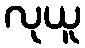
လုယူ